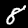
Label: 8